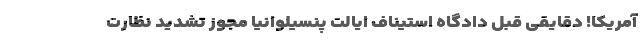
آمریکا! دقایقی قبل دادگاه استیناف ایالت پنسیلوانیا مجوز تشدید نظارت